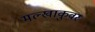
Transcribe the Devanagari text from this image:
मल्खाकुवर